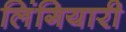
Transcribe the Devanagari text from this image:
लिंगियारी